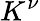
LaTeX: K^{\nu}